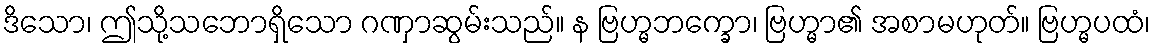
ဒိသော၊ ဤသို့သဘောရှိသော ဂဏှာဆွမ်းသည်။ န ဗြဟ္မဘက္ခော၊ ဗြဟ္မာ၏ အစာမဟုတ်။ ဗြဟ္မပထံ၊